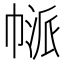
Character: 𢄃